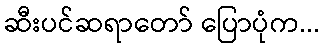
ဆီးပင်ဆရာတော် ပြောပုံက...